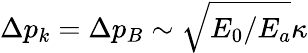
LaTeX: \Delta p_{k}=\Delta p_{B}\sim\sqrt{E_{0}/E_{a}}\kappa